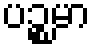
ပဉ္စမာ